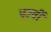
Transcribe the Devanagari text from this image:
पउर्वी